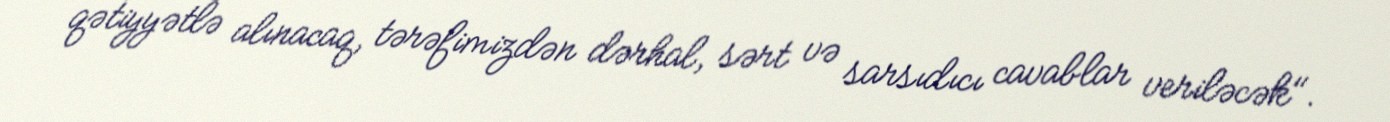
qətiyyətlə alınacaq, tərəfimizdən dərhal, sərt və sarsıdıcı cavablar veriləcək".